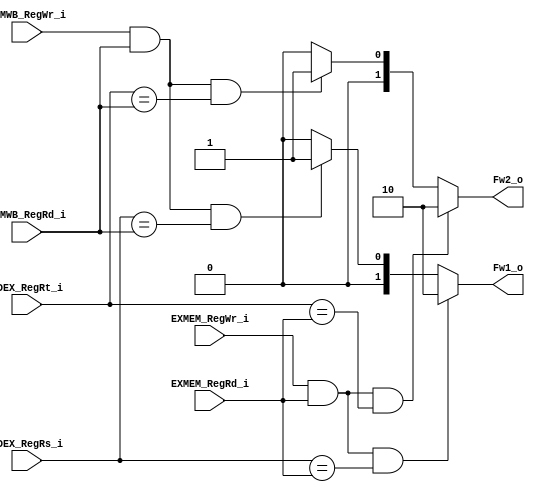
module FWD
(
	IDEX_RegRs_i,
	IDEX_RegRt_i,
	EXMEM_RegRd_i,
	EXMEM_RegWr_i,
	MEMWB_RegRd_i,
	MEMWB_RegWr_i,
	Fw1_o,
	Fw2_o
);

input	[4:0] 		IDEX_RegRs_i;
input	[4:0]		IDEX_RegRt_i;
input	[4:0]		EXMEM_RegRd_i;
input				EXMEM_RegWr_i;
input	[4:0]		MEMWB_RegRd_i;
input				MEMWB_RegWr_i;
output	[1:0]		Fw1_o;
output	[1:0]		Fw2_o;

reg	[1:0]		Fw1_o;
reg	[1:0]		Fw2_o;


	always@(IDEX_RegRs_i or IDEX_RegRt_i or EXMEM_RegRd_i or EXMEM_RegWr_i or MEMWB_RegRd_i or MEMWB_RegWr_i ) begin
			// deal with Fw1
			
		if (EXMEM_RegWr_i && EXMEM_RegRd_i && IDEX_RegRs_i == EXMEM_RegRd_i)  // from ALU to Rs  -- Ex hazard
			Fw1_o = 2'b10;				
		else if (MEMWB_RegWr_i && MEMWB_RegRd_i && IDEX_RegRs_i == MEMWB_RegRd_i) // from DM  to Rs  -- MEM hazard
			Fw1_o = 2'b01;
		else
			Fw1_o = 2'b00;

			// deal with Fw2

		if (EXMEM_RegWr_i && EXMEM_RegRd_i && IDEX_RegRt_i == EXMEM_RegRd_i)  // from ALU to Rt  -- Ex hazard
			Fw2_o = 2'b10;		
		else if (MEMWB_RegWr_i && MEMWB_RegRd_i && IDEX_RegRt_i == MEMWB_RegRd_i)  // from DM  to Rt  -- MEM hazard
			Fw2_o = 2'b01;
		else
			Fw2_o = 2'b00;	
	end

endmodule